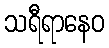
သရီရာနေဝ